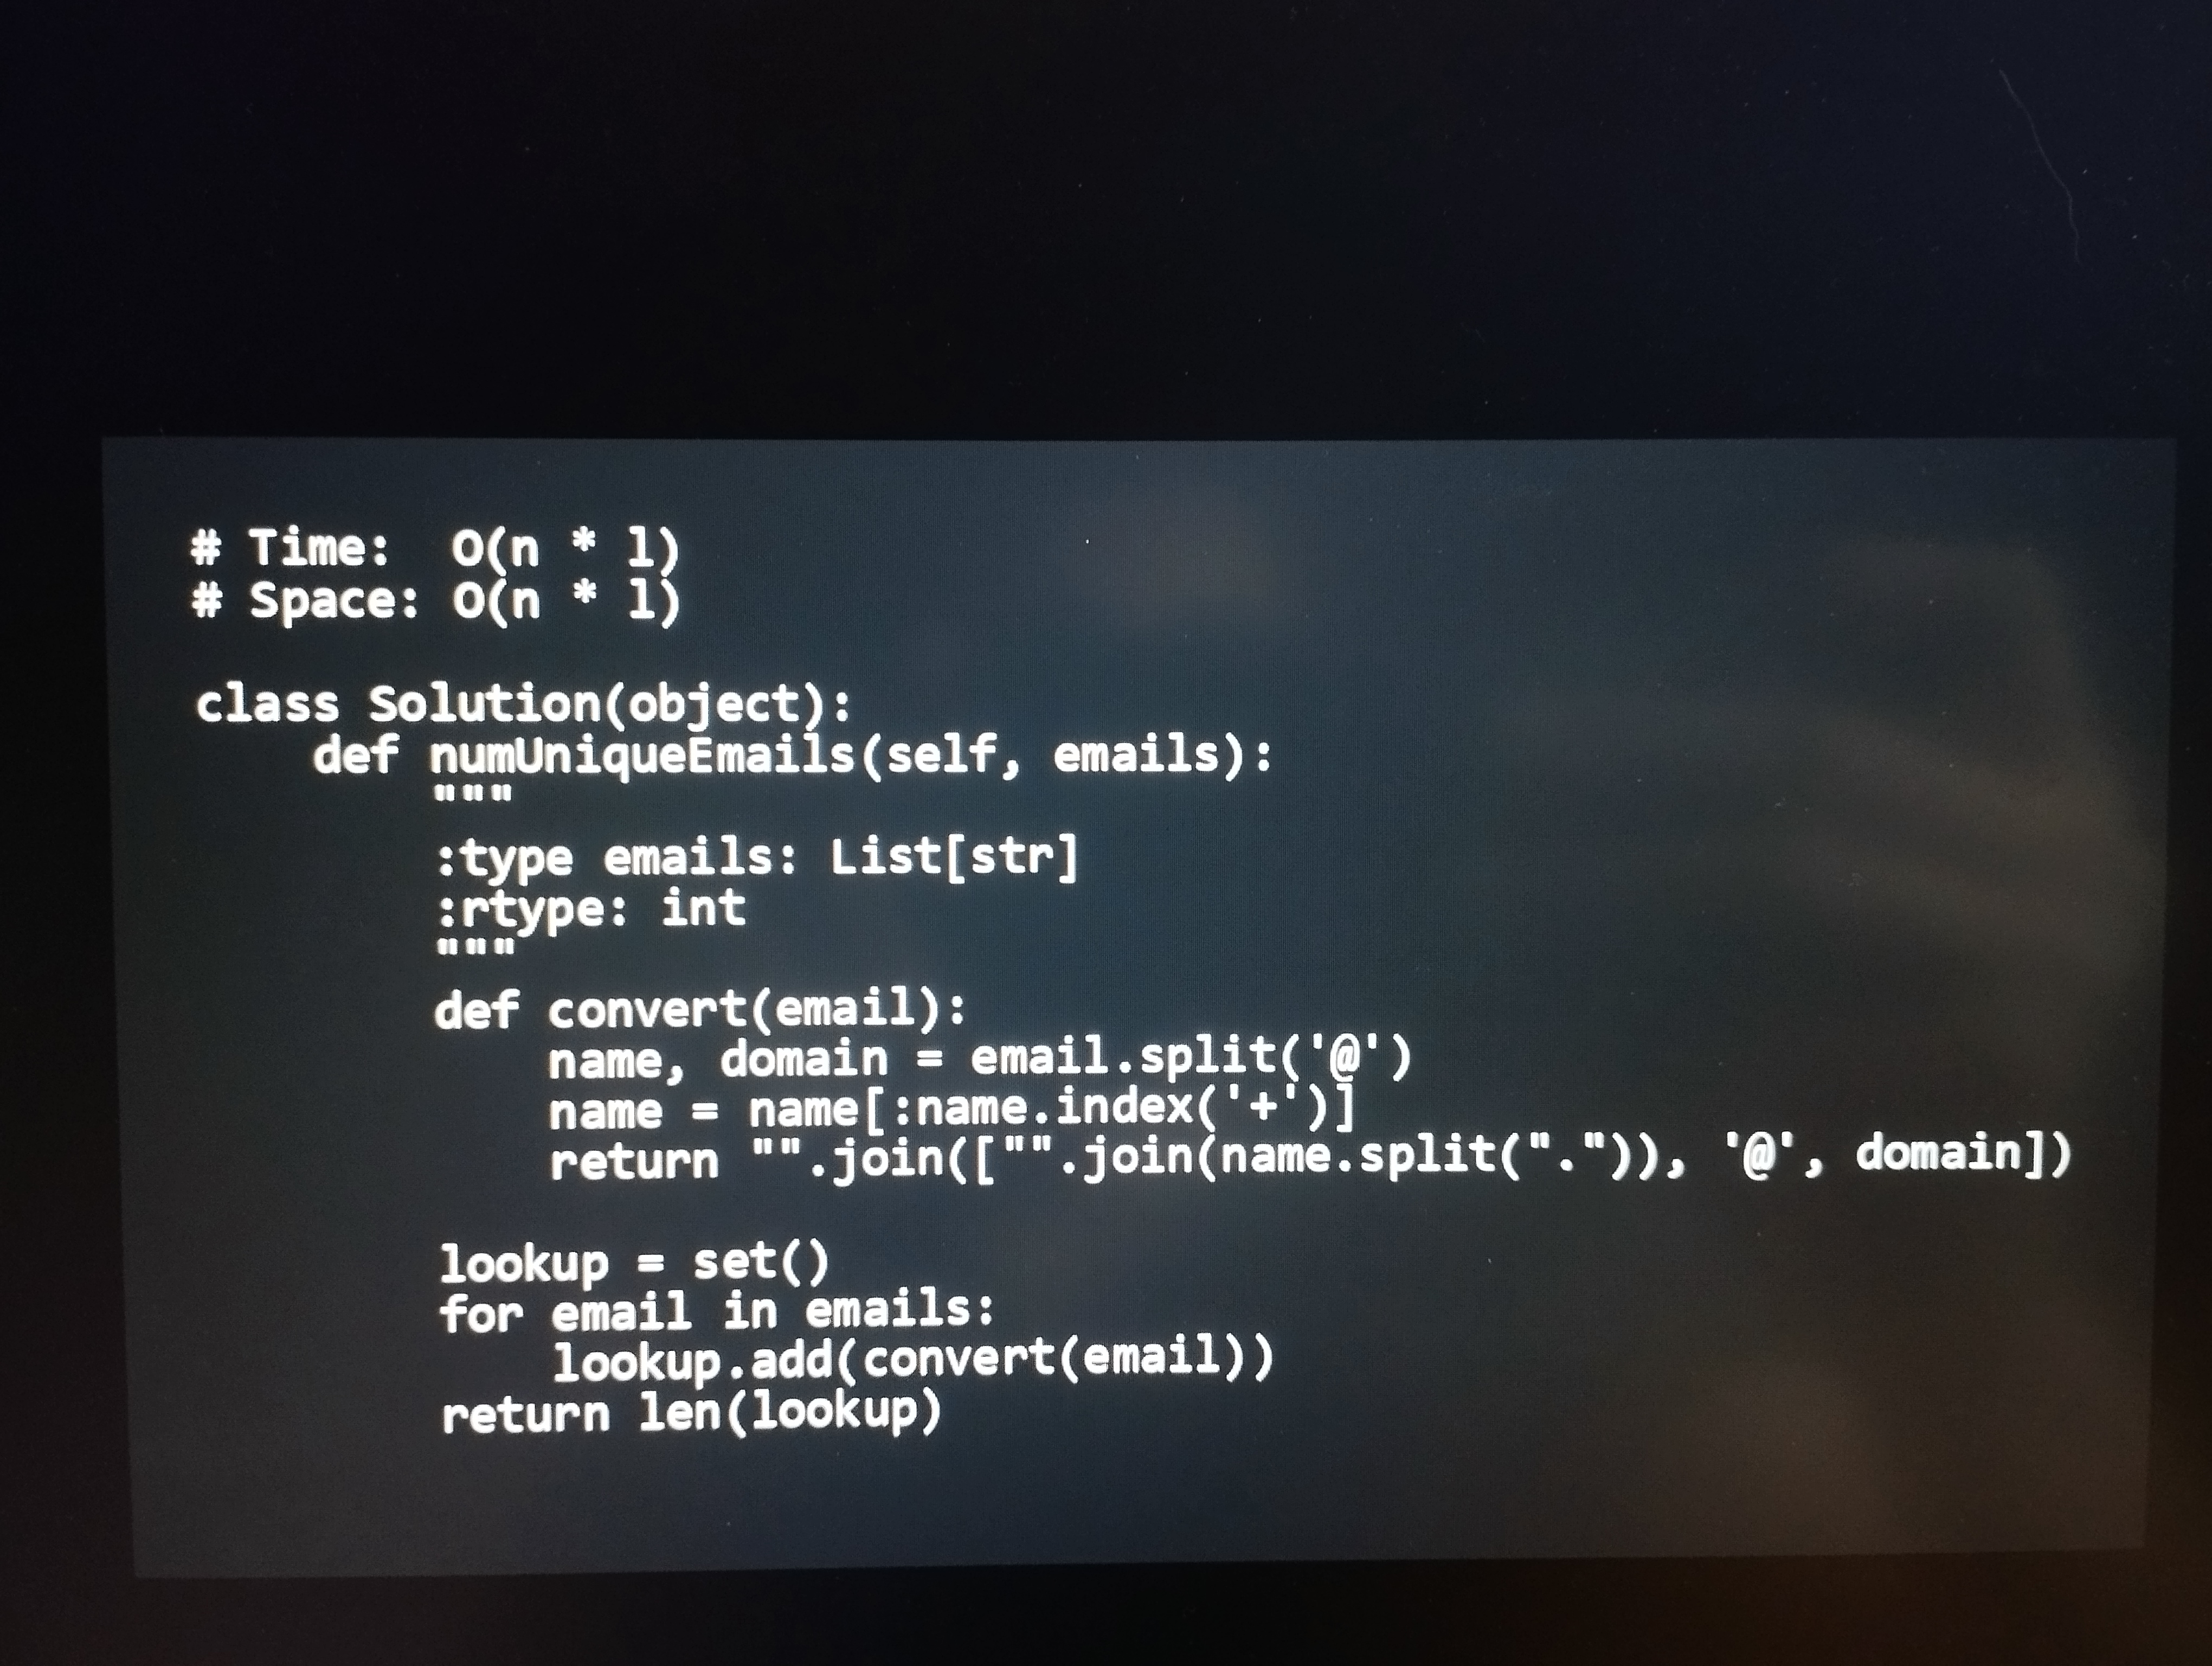
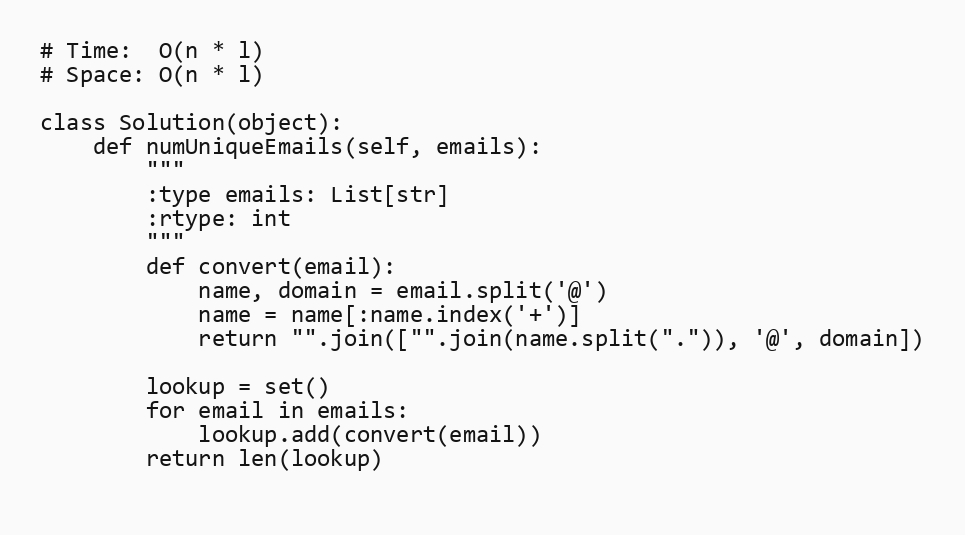
# Time:  O(n * l)
# Space: O(n * l)

class Solution(object):
    def numUniqueEmails(self, emails):
        """
        :type emails: List[str]
        :rtype: int
        """
        def convert(email):
            name, domain = email.split('@')
            name = name[:name.index('+')]
            return "".join(["".join(name.split(".")), '@', domain])

        lookup = set()
        for email in emails:
            lookup.add(convert(email))
        return len(lookup)